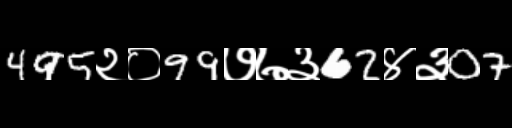
Text: 495२०99७७३62४३07